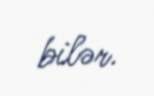
bilər.